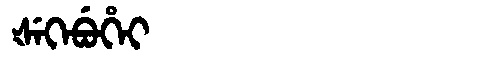
Manchu: ᡧᡝᡴᡝᠪᡠᡥᡝᡳ
Romanization: ŠEKEBUHEI